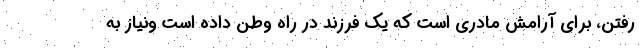
رفتن، برای آرامش مادری است که یک فرزند در راه وطن داده است ونیاز به